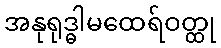
အနုရုဒ္ဓါမထေရ်ဝတ္ထု